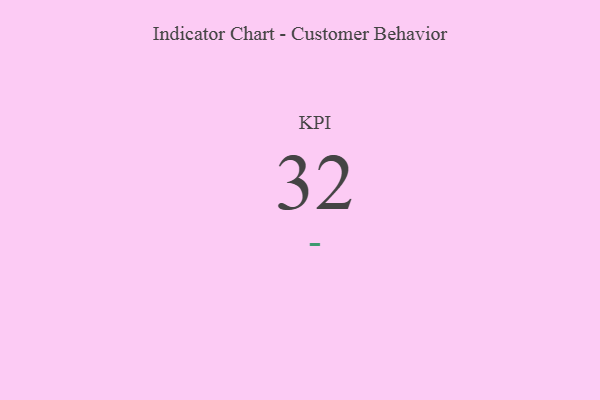
{"axis": {"x": "KPI", "y": "Value"}, "legend": [""], "data": [{"x": "KPI", "y": 32, "type": ""}]}